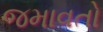
જમાવતો